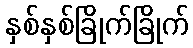
နှစ်နှစ်ခြိုက်ခြိုက်